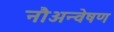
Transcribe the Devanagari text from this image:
नौअन्वेषण